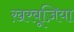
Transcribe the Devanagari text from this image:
ख़रबूज़िया